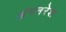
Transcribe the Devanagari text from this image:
अंगनरेश